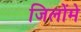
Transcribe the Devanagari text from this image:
जिलोंमे